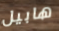
هابيل